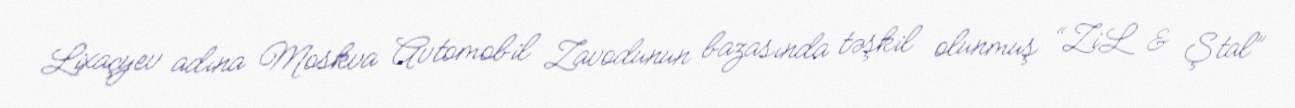
Lixaçyev adına Moskva Avtomobil Zavodunun bazasında təşkil olunmuş “ZiL & Ştal”